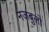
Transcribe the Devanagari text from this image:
नजबुलो